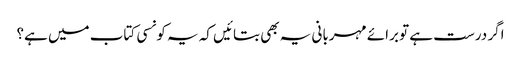
اگر درست ہے تو برائے مہربانی یہ بھی بتائیں کہ یہ کونسی کتاب میں ہے؟